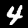
Digit: 4